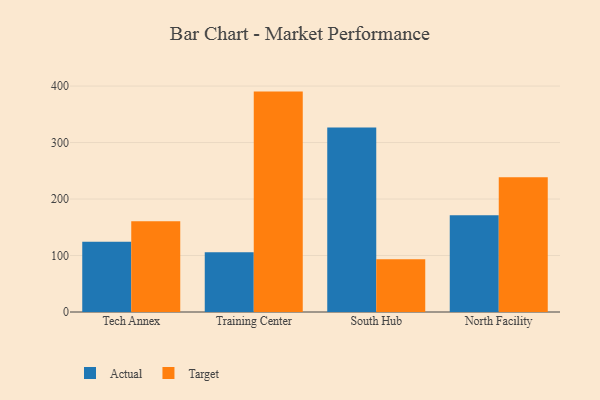
{"axis": {"x": "Campus", "y": "Website Visitors"}, "legend": ["Actual", "Target"], "data": [{"x": "Tech Annex", "y": 124.3, "type": "Actual"}, {"x": "Tech Annex", "y": 160.7, "type": "Target"}, {"x": "Training Center", "y": 105.6, "type": "Actual"}, {"x": "Training Center", "y": 390.2, "type": "Target"}, {"x": "South Hub", "y": 326.8, "type": "Actual"}, {"x": "South Hub", "y": 93.5, "type": "Target"}, {"x": "North Facility", "y": 171.1, "type": "Actual"}, {"x": "North Facility", "y": 238.7, "type": "Target"}]}